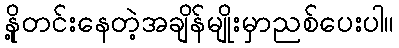
နို့တင်းနေတဲ့အချိန်မျိုးမှာညစ်ပေးပါ။